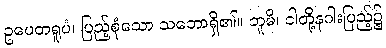
ဥပေတရူပံ၊ ပြည့်စုံသော သဘောရှိ၏။ ဘူမိ၊ ငါတို့နဂါးပြည့်၌